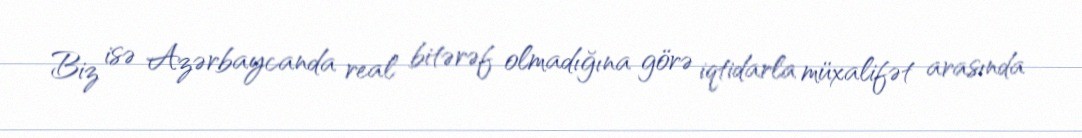
Biz isə Azərbaycanda real bitərəf olmadığına görə iqtidarla müxalifət arasında